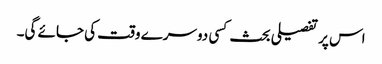
اس پر تفصیلی بحث کسی دوسرے وقت کی جائے گی۔